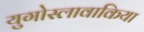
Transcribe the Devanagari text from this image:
युगोस्लावाकिया